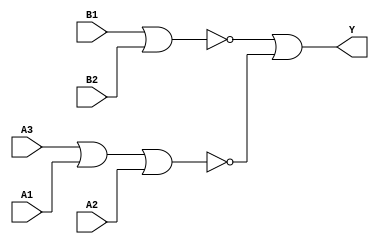
module sky130_fd_sc_ms__o32ai (
    Y ,
    A1,
    A2,
    A3,
    B1,
    B2
);

    // Module ports
    output Y ;
    input  A1;
    input  A2;
    input  A3;
    input  B1;
    input  B2;

    // Local signals
    wire nor0_out ;
    wire nor1_out ;
    wire or0_out_Y;

    //  Name  Output     Other arguments
    nor nor0 (nor0_out , A3, A1, A2        );
    nor nor1 (nor1_out , B1, B2            );
    or  or0  (or0_out_Y, nor1_out, nor0_out);
    buf buf0 (Y        , or0_out_Y         );

endmodule